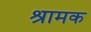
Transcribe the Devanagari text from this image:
श्रामक